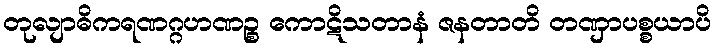
တုလျာဓိကရဏဂ္ဂဟဏဉ္စ ကောဋိသတာနံ ဇနတာတိ တဏှာပစ္စယာပိ